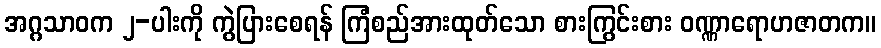
အဂ္ဂသာဝက ၂-ပါးကို ကွဲပြားစေရန် ကြံစည်အားထုတ်သော စားကြွင်းစား ဝဏ္ဏာရောဟဇာတက။